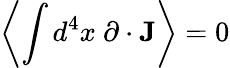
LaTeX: \left\langle\int d^{4}x~\partial\cdot{\textbf{J}}\right\rangle=0